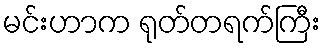
မင်းဟာက ရုတ်တရက်ကြီး